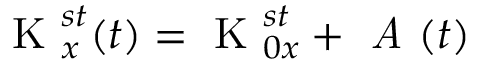
\textrm { K } _ { x } ^ { s t } ( t ) = \textrm { K } _ { 0 x } ^ { s t } + \textit { A } ( t )